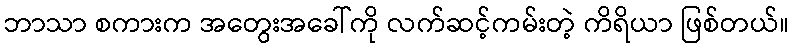
ဘာသာ စကားက အတွေးအခေါ်ကို လက်ဆင့်ကမ်းတဲ့ ကိရိယာ ဖြစ်တယ်။